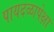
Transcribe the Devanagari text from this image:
पायदळापेक्षा